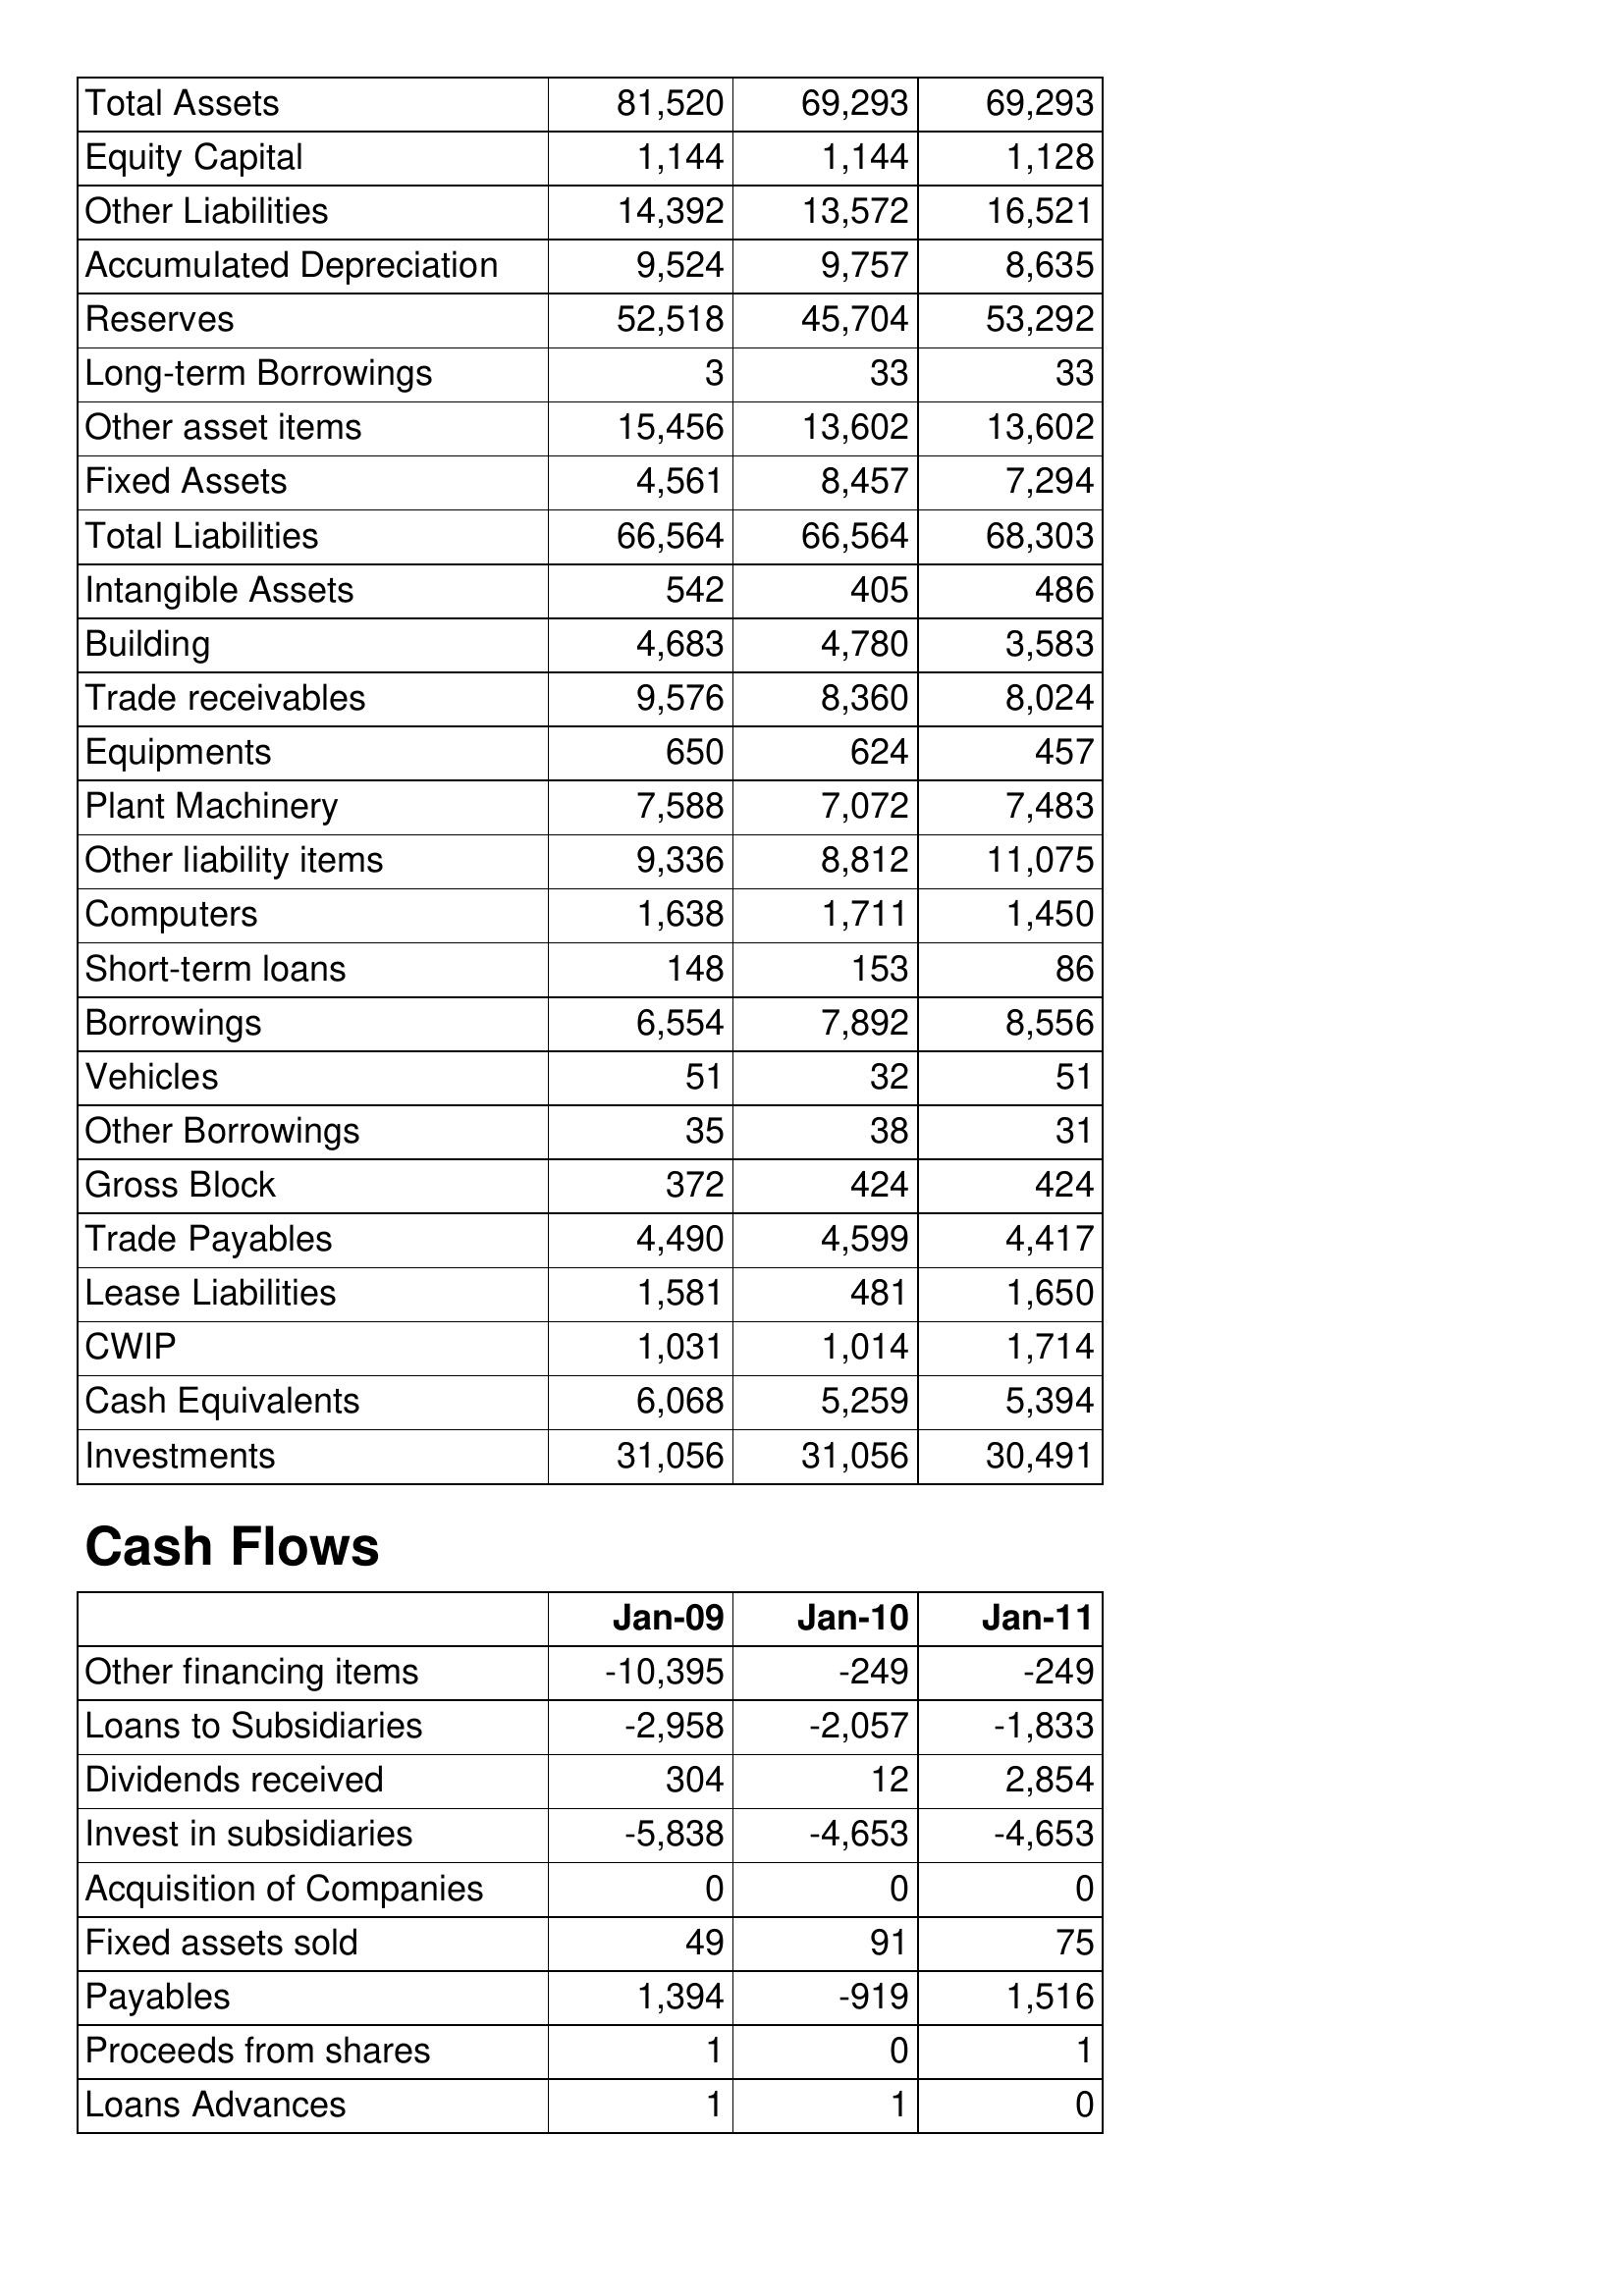
Jan-09: Balance Sheet: Total Assets: 81,520
Equity Capital: 1,144
Other Liabilities: 14,392
Accumulated Depreciation: 9,524
Reserves: 52,518
Long-term Borrowings: 3
Other asset items: 15,456
Fixed Assets: 4,561
Total Liabilities: 66,564
Intangible Assets: 542
Building: 4,683
Trade receivables: 9,576
Equipments: 650
Plant Machinery: 7,588
Other liability items: 9,336
Computers: 1,638
Short-term loans: 148
Borrowings: 6,554
Vehicles: 51
Other Borrowings: 35
Gross Block: 372
Trade Payables: 4,490
Lease Liabilities: 1,581
CWIP: 1,031
Cash Equivalents: 6,068
Investments: 31,056
Cash Flows: Other financing items: -10,395
Loans to Subsidiaries: -2,958
Dividends received: 304
Invest in subsidiaries: -5,838
Acquisition of Companies: 0
Fixed assets sold: 49
Payables: 1,394
Proceeds from shares: 1
Loans Advances: 1
Jan-10: Balance Sheet: Total Assets: 69,293
Equity Capital: 1,144
Other Liabilities: 13,572
Accumulated Depreciation: 9,757
Reserves: 45,704
Long-term Borrowings: 33
Other asset items: 13,602
Fixed Assets: 8,457
Total Liabilities: 66,564
Intangible Assets: 405
Building: 4,780
Trade receivables: 8,360
Equipments: 624
Plant Machinery: 7,072
Other liability items: 8,812
Computers: 1,711
Short-term loans: 153
Borrowings: 7,892
Vehicles: 32
Other Borrowings: 38
Gross Block: 424
Trade Payables: 4,599
Lease Liabilities: 481
CWIP: 1,014
Cash Equivalents: 5,259
Investments: 31,056
Cash Flows: Other financing items: -249
Loans to Subsidiaries: -2,057
Dividends received: 12
Invest in subsidiaries: -4,653
Acquisition of Companies: 0
Fixed assets sold: 91
Payables: -919
Proceeds from shares: 0
Loans Advances: 1
Jan-11: Balance Sheet: Total Assets: 69,293
Equity Capital: 1,128
Other Liabilities: 16,521
Accumulated Depreciation: 8,635
Reserves: 53,292
Long-term Borrowings: 33
Other asset items: 13,602
Fixed Assets: 7,294
Total Liabilities: 68,303
Intangible Assets: 486
Building: 3,583
Trade receivables: 8,024
Equipments: 457
Plant Machinery: 7,483
Other liability items: 11,075
Computers: 1,450
Short-term loans: 86
Borrowings: 8,556
Vehicles: 51
Other Borrowings: 31
Gross Block: 424
Trade Payables: 4,417
Lease Liabilities: 1,650
CWIP: 1,714
Cash Equivalents: 5,394
Investments: 30,491
Cash Flows: Other financing items: -249
Loans to Subsidiaries: -1,833
Dividends received: 2,854
Invest in subsidiaries: -4,653
Acquisition of Companies: 0
Fixed assets sold: 75
Payables: 1,516
Proceeds from shares: 1
Loans Advances: 0